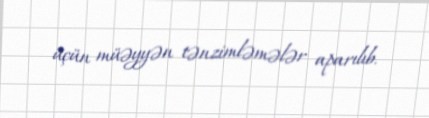
üçün müəyyən tənzimləmələr aparılıb.